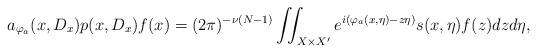
LaTeX: \begin{align*}\begin{aligned}a_{\varphi_a}(x,D_x)p(x,D_x)f(x)=(2\pi)^{-\nu(N-1)}\iint_{X\times X'}e^{i(\varphi_a(x,\eta)-z\eta)}s(x,\eta)f(z)dzd\eta,\end{aligned}\end{align*}